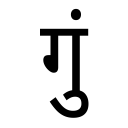
OCR:
गुं